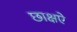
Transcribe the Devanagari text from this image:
छाक्षऐ